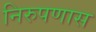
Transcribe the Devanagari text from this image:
निरुपणास